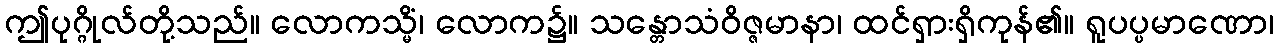
ဤပုဂ္ဂိုလ်တို့သည်။ လောကသ္မိံ၊ လောက၌။ သန္တောသံဝိဇ္ဇမာနာ၊ ထင်ရှားရှိကုန်၏။ ရူပပ္ပမာဏော၊